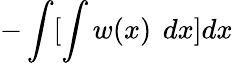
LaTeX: -\int[\int w(x)\ \, dx]dx